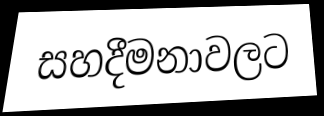
සහදීමනාවලට